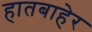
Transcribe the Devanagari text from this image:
हातबाहेर